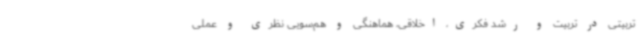
تربیتی در تربیت و رشد فکری، اخلاقی، هماهنگی و هم‌سویی نظری و عملی